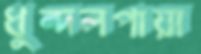
ধুন্দলপায়া